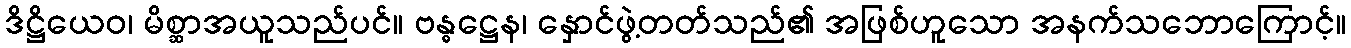
ဒိဋ္ဌိယေဝ၊ မိစ္ဆာအယူသည်ပင်။ ဗန္ဓဋ္ဌေန၊ နှောင်ဖွဲ့တတ်သည်၏ အဖြစ်ဟူသော အနက်သဘောကြောင့်။